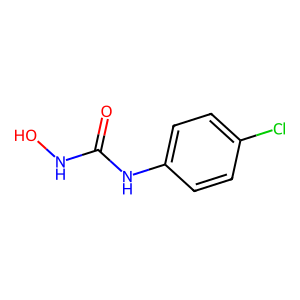
SMILES: O=C(NO)Nc1ccc(Cl)cc1
Inhibits HIV replication: No